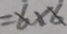
= 6 \times 6